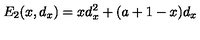
E _ { 2 } ( x , d _ { x } ) = x d _ { x } ^ { 2 } + ( a + 1 - x ) d _ { x }